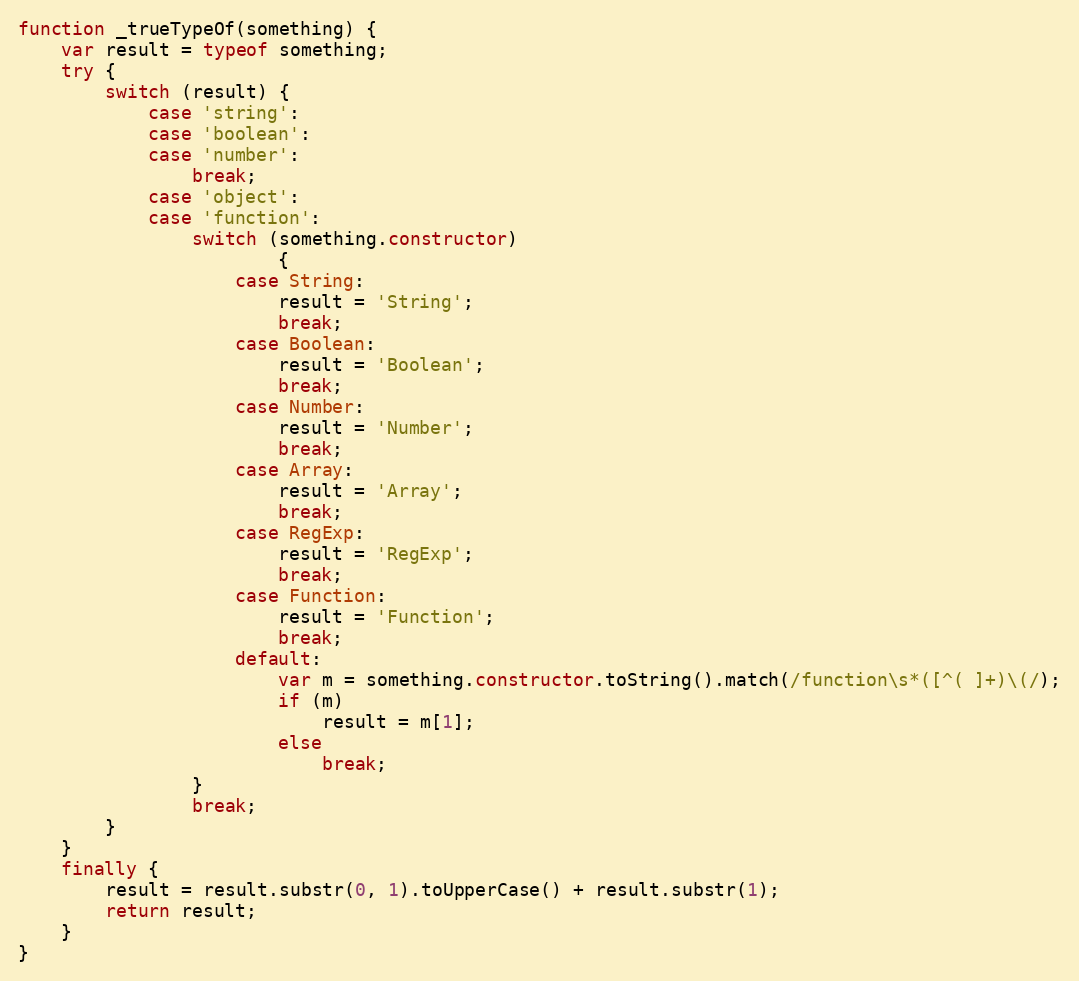
Language: JavaScript
function _trueTypeOf(something) {
    var result = typeof something;
    try {
        switch (result) {
            case 'string':
            case 'boolean':
            case 'number':
                break;
            case 'object':
            case 'function':
                switch (something.constructor)
                        {
                    case String:
                        result = 'String';
                        break;
                    case Boolean:
                        result = 'Boolean';
                        break;
                    case Number:
                        result = 'Number';
                        break;
                    case Array:
                        result = 'Array';
                        break;
                    case RegExp:
                        result = 'RegExp';
                        break;
                    case Function:
                        result = 'Function';
                        break;
                    default:
                        var m = something.constructor.toString().match(/function\s*([^( ]+)\(/);
                        if (m)
                            result = m[1];
                        else
                            break;
                }
                break;
        }
    }
    finally {
        result = result.substr(0, 1).toUpperCase() + result.substr(1);
        return result;
    }
}